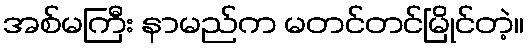
အစ်မကြီး နာမည်က မတင်တင်မြိုင်တဲ့။